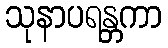
သုနာပရန္တကာ